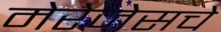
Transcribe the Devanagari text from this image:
मेरेजेसचे